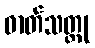
ဓာတ်သတ္တု